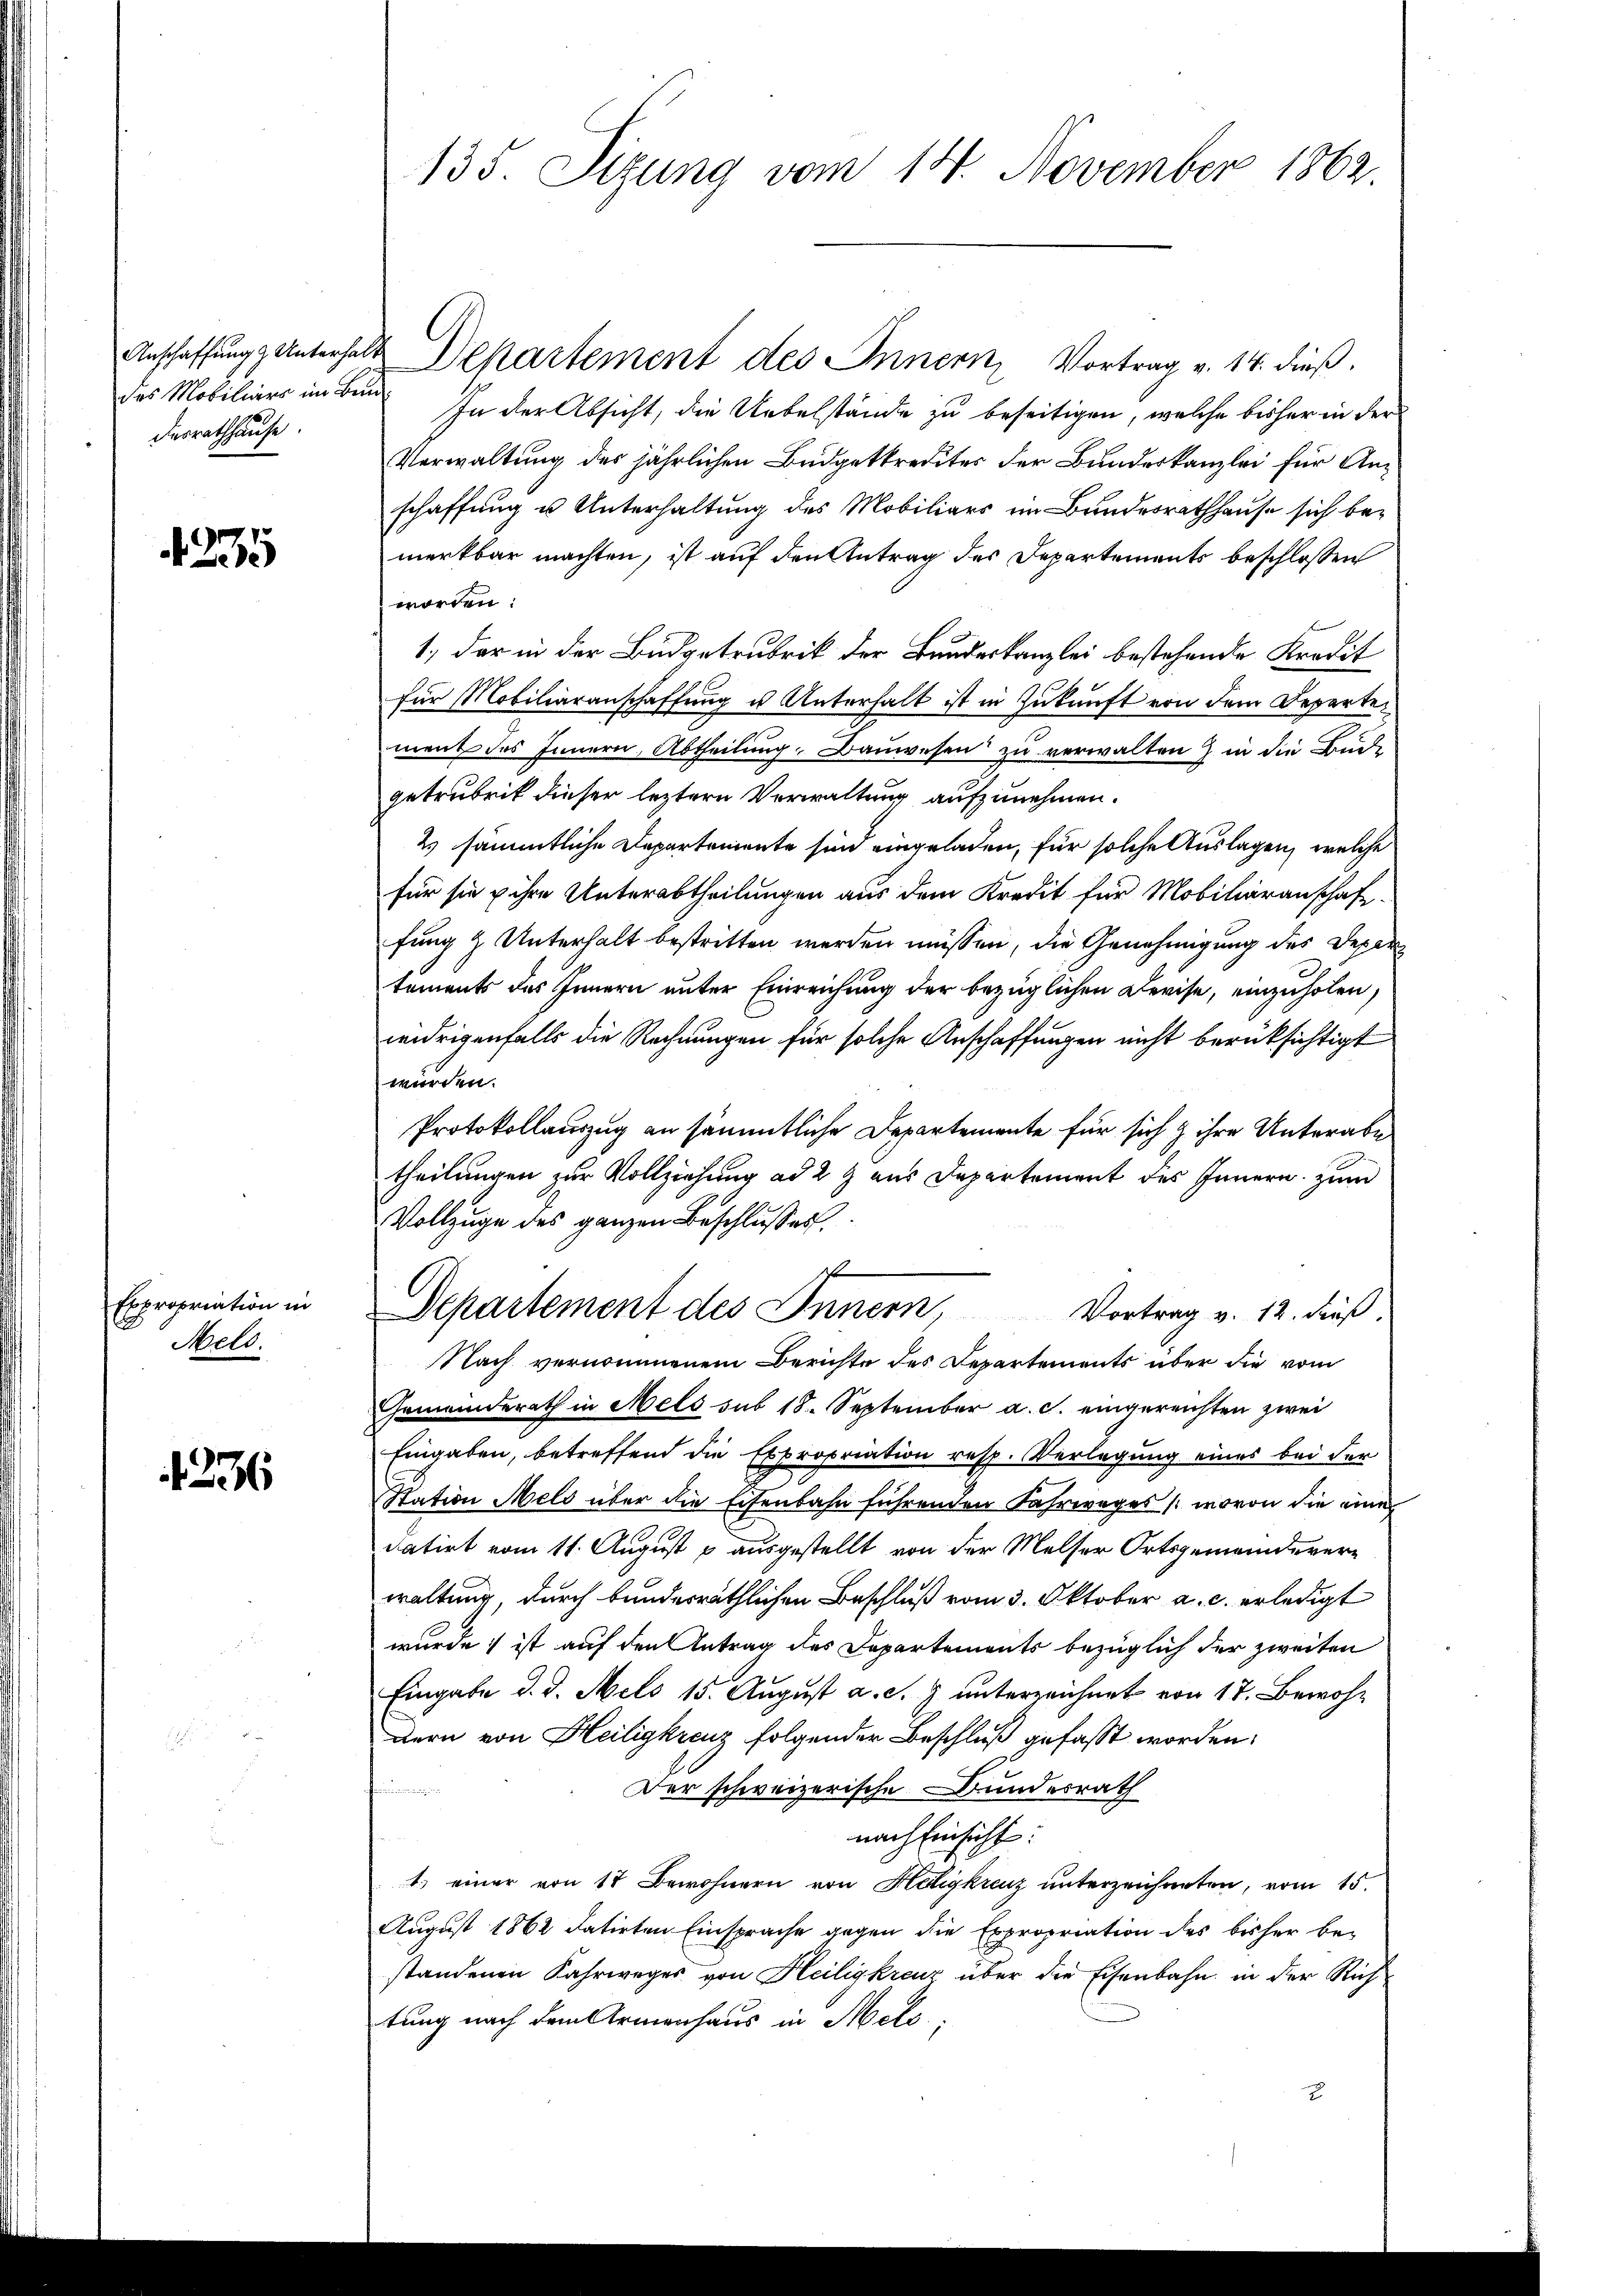
des Mobiliers im Bedesrathhause.

235

Expropriation in
Mels.

1236

135. Sizung vom 14. November 1862.

Anschaffung Unterhalt Departement des Innern, Vortrag v. 14. dieß.
u
In der Absicht, die Uebelstände zu beseitigen, welche bisher in der
Verwaltung des jährlichen Budgetkredites der Bundeskanzlei für Anschaffung u Unterhaltung des Mobiliars im Bundesrathhause sich bemerkbar machten, ist auf den Antrag des Departements beschlossen
worden:
1.) der in der Budgetrubrik der Bundeskanzlei bestehende Kredit
für Mobiliaranschaffung u Unterhalt ist in Zukunft von dem Departement des Innern, Abtheilung, Bauwesen zu verwalten & in die Bruede
getrubrik dieser leztere Verwaltung aufzunehmen.
2) sämmtliche Departoniente sind eingeladen, für solche Auslagen, welche
für sie ihre Unterabtheilungen aus dem Kredit für Mobiliaranschaft-
fung & Unterhalt bestritten werden müssen, die Genehmigung des Deper
tements des Innern unter Einreichung der bezüglichen Devise, einzuholen,
widrigenfalls die Rechnungen für solche Anschaffungen nicht berüksichtigt
würden.
Protokollauszug an sämmtliche Departemente für sich & ihre Unterabe
theilungen zur Vollziehung ad 2 & aus Departement des Innern zum
Vollzuge des ganzen Beschlusses.
Departement des Innern,
Vortrag v. 12. dieß
Nach vernommenem Berichte des Departements über die vom
Gemeinderath in Mels sub 18. September a. c. eingereichten zwei
Eingaben, betreffend die Expropriation resp. Verlegung eines bei der
Station Mels über die Eisenbahn führenden Fahrweges (wovon die eine
datirt vom 11. August p ausgestellt von der Melser Ortsgemeindererwaltung, durch bundesräthlichen Beschluß vom 3. Oktober a. c. erledigt
wurde ist auf den Antrag des Dapartements bezüglich der zweiten
Eingabe d. d. Melo 15. August a. c. J. unterzeichnet von 17. Bewohn
dern von Heiligkreuz folgender Beschluß gefasst worden.
e
Der schweizerische Bundesrath
nach Einsicht:
1.) einer von 17 Bewohnern von Heligkreuz unterzeichneten, vom 15.
August 1862 datirten Einsprache gegen die Expropriation des bisher be-
standenen Fahrweges von Heiligkreuz über die Eisenbahn in der Richtung nach dem Armenhaus in Mels,
2